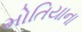
મોતિયાના